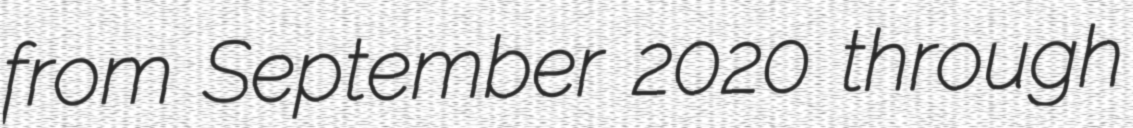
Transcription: from September 2020 through